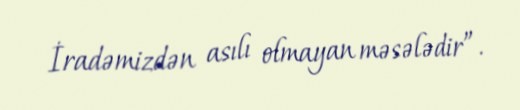
İradəmizdən asılı olmayan məsələdir”.